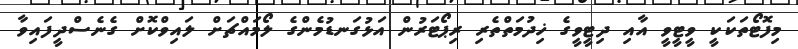
މިފޮޓޯތަކަކީ ވީޓީވީ އާއި ދިޓީވީގެ ޚިދުމަތްތެރި ރިޕޯޓަރުން އަޅުގަނޑުމެންގެ ލޯމައްޗަށް ލައިވްކޮށް ގެނެސްދީފައިވާ